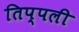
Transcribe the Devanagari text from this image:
तिप्पली